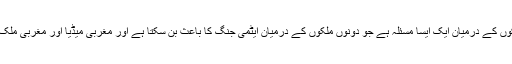
نیوز ویک سمیت پورا مغربی میڈیا اچھی طرح جانتا ہے کہ کشمیر کا مسئلہ ہی دونوں ملکوں کے درمیان ایک ایسا مسئلہ ہے جو دونوں ملکوں کے درمیان ایٹمی جنگ کا باعث بن سکتا ہے اور مغربی میڈیا اور مغربی ملک کشمیر کی تاریخ ہی نہیں بلکہ کشمیر کی موجودہ صورت حال سے بھی بخوبی واقف ہیں۔